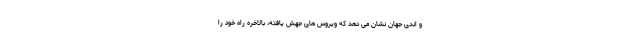
و اندی جهان نشان می دهد که ویروس های جهش یافته، بالاخره راه خود را